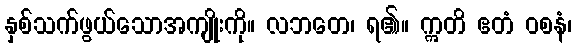
နှစ်သက်ဖွယ်သောအကျိုးကို။ လဘတေ၊ ရ၏။ ဣတိ ဧတံ ဝစနံ၊